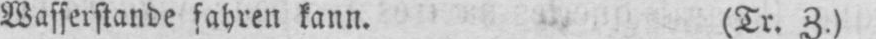
Wasserstande fahren kann. (Tr. Z.)